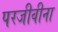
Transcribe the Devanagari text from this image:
परजीवीना